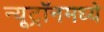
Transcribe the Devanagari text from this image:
न्यूट्रॉनमध्ये